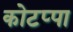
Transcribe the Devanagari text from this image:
कोटप्‍पा